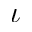
\iota